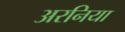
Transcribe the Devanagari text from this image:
अरनिया